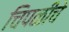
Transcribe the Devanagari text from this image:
चिपळीचे